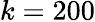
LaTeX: k=200